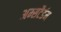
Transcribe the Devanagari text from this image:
अम्सटैर्डम